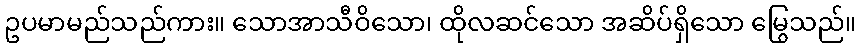
ဥပမာမည်သည်ကား။ သောအာသီဝိသော၊ ထိုလဆင်သော အဆိပ်ရှိသော မြွေသည်။